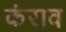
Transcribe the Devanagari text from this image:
कंराव